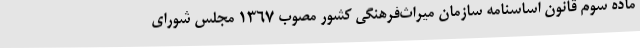
ماده سوم قانون اساسنامه سازمان میراث‌فرهنگی کشور مصوب ۱۳۶۷ مجلس شورای